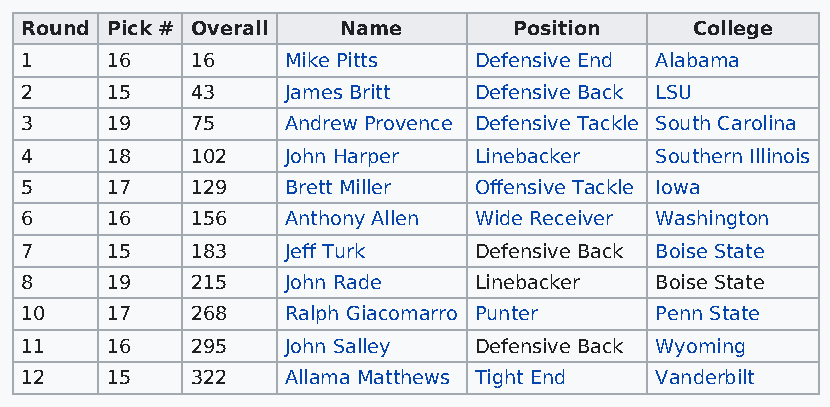
Round Pick # Overall  Name       Position    College
 1     16    16    Mike Pitts  Defensive End Alabama
 2     15    43    James Britt Defensive Back LSU
 3     19    75    Andrew Provence Defensive Tackle South Carolina
 4     18    102   John Harper Linebacker  Southern Illinois
 5     17    129   Brett Miller Offensive Tackle Iowa
 6     16    156   Anthony Allen Wide Receiver Washington
 7     15    183   Jeff Turk   Defensive Back Boise State
 8     19    215   John Rade   Linebacker  Boise State
 10    17    268   Ralph Giacomarro Punter Penn State
 11    16    295   John Salley Defensive Back Wyoming
 12    15    322   Allama Matthews Tight End Vanderbilt